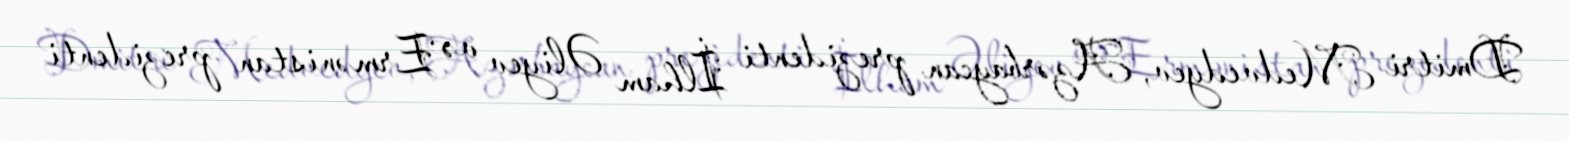
Dmitri Medvedyev, Azərbaycan prezidenti İlham Əliyev və Ermənistan prezidenti